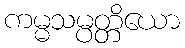
ကမ္မသမ္ပတ္တိယော